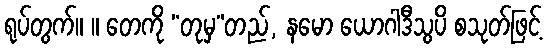
ရုပ်တွက်။ ။ တေကို “တုမှ”တည်, နမော ယောဂါဒီသွပိ စသုတ်ဖြင့်